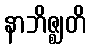
နာဘိဇ္ဈတိ